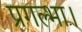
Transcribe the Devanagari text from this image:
प्रगल्भा।